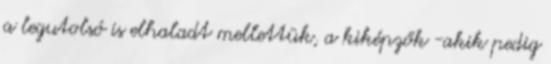
a legutolsó is elhaladt mellettük, a kiképzők -akik pedig